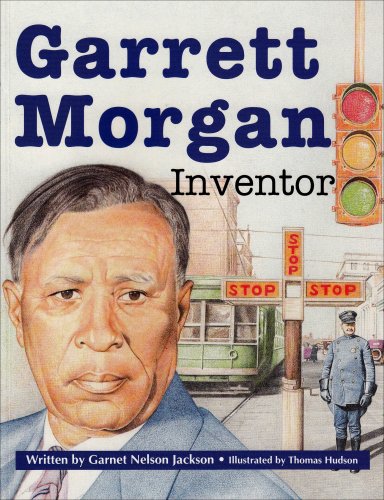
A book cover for GARRETT MORGAN, SOFTCOVER, SINGLE COPY, BEGINNING BIOGRAPHIES; MODERN CURRICULUM PRESS; Teen & Young Adult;